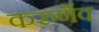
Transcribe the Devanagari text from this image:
करुणेंव